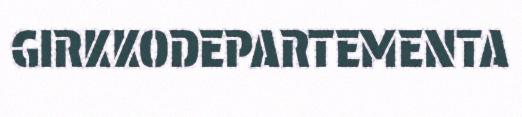
GIRKKODEPARTEMENTA